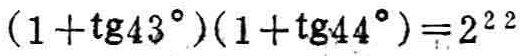
\((1 + \operatorname{tg}43^{\circ})(1 + \operatorname{tg}44^{\circ}) = 2^{22}\)